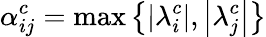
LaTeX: \alpha_{ij}^{c}=\operatorname*{max}\left\lbrace\left|\lambda_{i}^{c}\right|,\left|\lambda_{j}^{c}\right|\right\rbrace